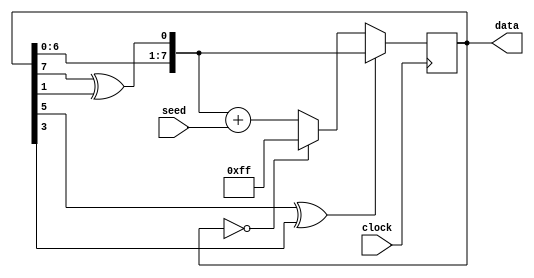
module random8_cell(clock, seed, data);
	
	input clock;
	input [7:0] seed;
	
	output reg [7:0] data;	
	
	wire feedback = data[7] ^ data[1];
	wire feedback_seed = data[5] ^ data[3];
	
	initial begin
		data <= 8'hFF;
	end
	
	always @(posedge clock) begin
	
		if(feedback_seed) 
			data <= {data[6:0], feedback};
		else if (data == 6'b0)
			data <= 8'hFF;
		else
			data <= {data[6:0], feedback} + seed;
		
	end
	
endmodule